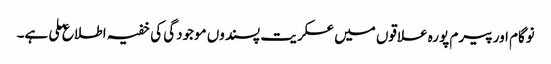
نوگام اور پیرم پورہ علاقوں میں عسکریت پسندوں موجودگی کی خفیہ اطلاع ملی ہے۔